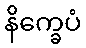
နိက္ခေပံ